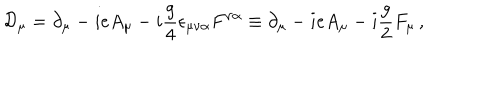
LaTeX: { \cal D } _ { \mu } = \partial _ { \mu } - { i e A _ { \mu } } - i { \frac { g } { 4 } } \epsilon _ { \mu \nu \alpha } F ^ { \nu \alpha } \equiv \partial _ { \mu } - { i e A _ { \mu } } - i { \frac { g } { 2 } } F _ { \mu } \, ,